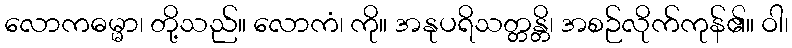
လောကဓမ္မာ၊ တို့သည်။ လောကံ၊ ကို။ အနုပရိသတ္တန္တိ၊ အစဉ်လိုက်ကုန်၏။ ဝါ၊